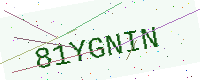
Text: 81YGNIN